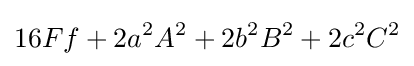
16Ff+2a^{2}A^{2}+2b^{2}B^{2}+2c^{2}C^{2}